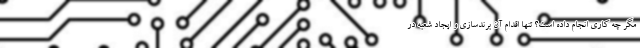
مگر چه کاری انجام داده است؟ تنها اقدام آن برندسازی و ایجاد شعبه در